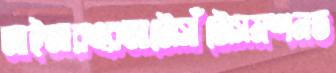
আইআরএরআটোসাঁটোসমশনত